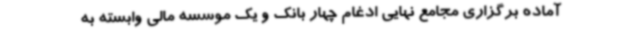
آماده برگزاری مجامع نهایی ادغام چهار بانک و یک موسسه مالی وابسته به